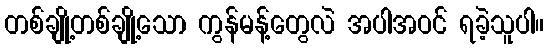
တစ်ချို့တစ်ချို့သော ကွန်မန့်တွေလဲ အပါအဝင် ရခဲ့သူပါ။